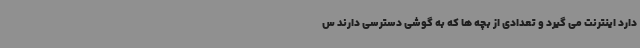
دارد اینترنت می گیرد و تعدادی از بچه ها که به گوشی دسترسی دارند س